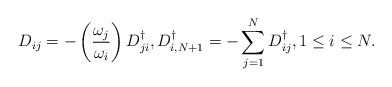
LaTeX: \begin{align*}{D}_{ij}=- \left(\frac{\omega_j}{\omega_i}\right) {D}_{ji}^\dag, {D}_{i,N+1}^\dag=-\sum_{j=1}^N{D}_{ij}^\dag,1\leq i \leq N.\end{align*}